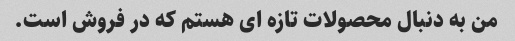
من به دنبال محصولات تازه ای هستم که در فروش است.